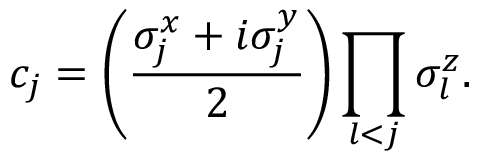
c _ { j } = \left( \frac { \sigma _ { j } ^ { x } + i \sigma _ { j } ^ { y } } { 2 } \right) \prod _ { l < j } \sigma _ { l } ^ { z } .